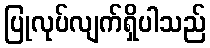
ပြုလုပ်လျက်ရှိပါသည်